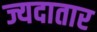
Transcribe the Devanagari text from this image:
ज्यदातार